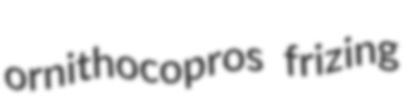
ornithocopros frizing